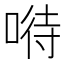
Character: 𠸤